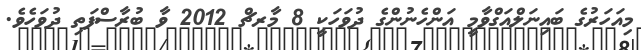
މިއަހަރުގެ ބައިނަލްއަގްވާމީ އަންހެނުންގެ ދުވަހަކީ 8 މާރޗް 2012 ވާ ބުރާސްފަތި ދުވަހެވެ.